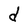
Character: d